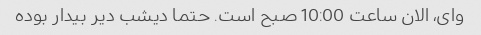
وای، الان ساعت 10:00 صبح است. حتما دیشب دیر بیدار بوده